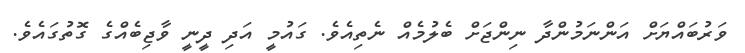
ވަރުބައްޔަށް އަންނަމުންދާ ނިންޖަށް ބެލުމެއް ނެތިއެވެ. ގައުމީ އަދި ދީނީ ވާޖިބެއްގެ ގޮތުގައެވެ.